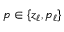
p \in \{ z _ { \ell } , p _ { \ell } \}